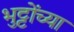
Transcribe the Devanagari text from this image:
भुट्टोंच्या